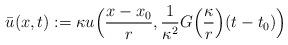
LaTeX: \begin{align*}\bar u(x,t):= \kappa u\Big(\frac{x-x_0}{r},\frac{1}{\kappa^2}G\Big(\frac\kappa r\Big)(t-t_0)\Big)\end{align*}